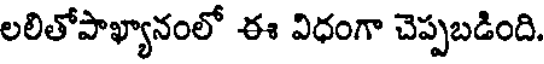
లలితోపాఖ్యానంలో ఈ విధంగా చెప్పబడింది.